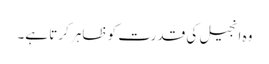
وہ انجیل کی قدرت کو ظاہر کرتا ہے۔